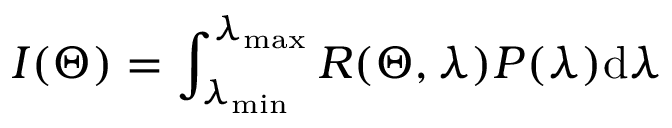
I ( \Theta ) = \int _ { \lambda _ { \operatorname* { m i n } } } ^ { \lambda _ { \operatorname* { m a x } } } R ( \Theta , \lambda ) P ( \lambda ) \mathrm { d } \lambda